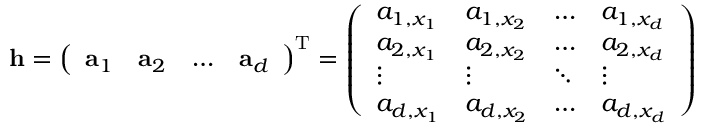
\mathbf { h } = { \left( \begin{array} { l l l l } { \mathbf { a } _ { 1 } } & { \mathbf { a } _ { 2 } } & { \dots } & { \mathbf { a } _ { d } } \end{array} \right) } ^ { \operatorname { T } } = { \left( \begin{array} { l l l l } { a _ { 1 , x _ { 1 } } } & { a _ { 1 , x _ { 2 } } } & { \dots } & { a _ { 1 , x _ { d } } } \\ { a _ { 2 , x _ { 1 } } } & { a _ { 2 , x _ { 2 } } } & { \dots } & { a _ { 2 , x _ { d } } } \\ { \vdots } & { \vdots } & { \ddots } & { \vdots } \\ { a _ { d , x _ { 1 } } } & { a _ { d , x _ { 2 } } } & { \dots } & { a _ { d , x _ { d } } } \end{array} \right) }